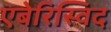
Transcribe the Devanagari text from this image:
एबेरिस्विद